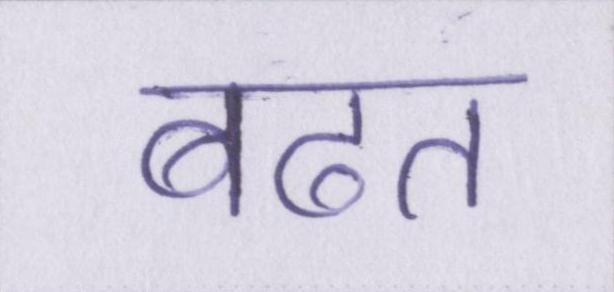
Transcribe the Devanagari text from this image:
बढत